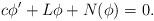
LaTeX: \begin{align*}c\phi' +L\phi+N(\phi) = 0.\end{align*}